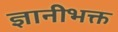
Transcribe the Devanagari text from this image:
ज्ञानीभक्त